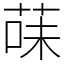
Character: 菋